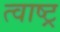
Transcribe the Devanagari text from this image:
त्वाष्ट्र